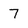
Character: 7